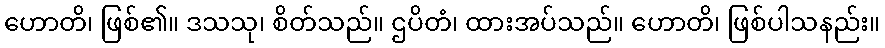
ဟောတိ၊ ဖြစ်၏။ ဒသသု၊ စိတ်သည်။ ဌပိတံ၊ ထားအပ်သည်။ ဟောတိ၊ ဖြစ်ပါသနည်း။